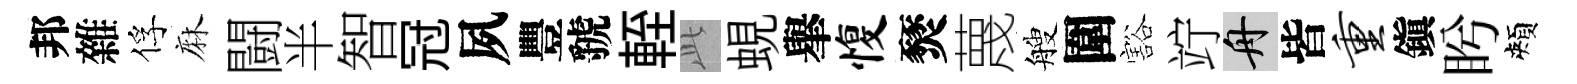
邦雜俘麻闘半智冠夙豐虢輊𬼘蜆𦦙愎燹蔑艘圍豁竚舟皆重鎭盻頰